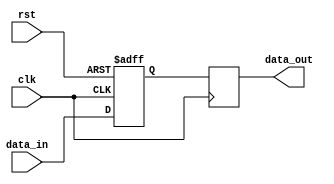
module latch_delay
(
    input wire clk,
    input wire rst,
    input wire data_in,
    output reg data_out
);

reg latch;

// Synchronize input data with clock
always @(posedge clk or posedge rst)
begin
    if (rst)
        latch <= 1'b0;
    else
        latch <= data_in;
end

// introduce delay with latch
always @(posedge clk)
begin
    data_out <= latch;
end

endmodule